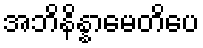
အဘိနိန္နာမေတိပေ